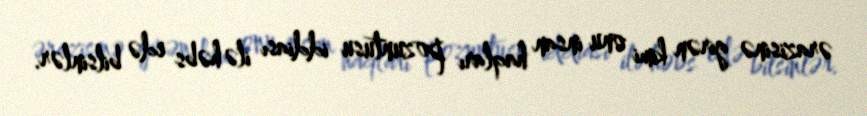
ərazisinə girən kimi onu insan haqları pozuntusu iddiası ilə həbs edə bilsinlər.